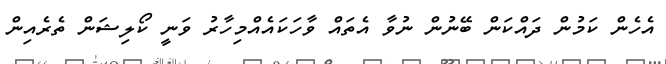
އެހެން ކަމުން ދައްކަން ބޭނުން ނުވާ އެތައް ވާހަކައެއްމިހާރު ވަނީ ކޯލިޝަން ތެރެއިން